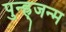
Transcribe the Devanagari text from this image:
पुन्ह्र्जन्म